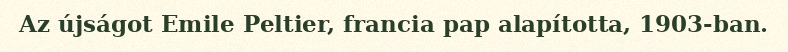
Az újságot Emile Peltier, francia pap alapította, 1903-ban.